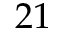
2 1